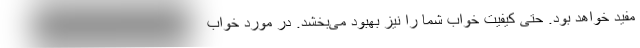
مفید خواهد بود. حتی کیفیت خواب شما را نیز بهبود می‌بخشد. در مورد خواب